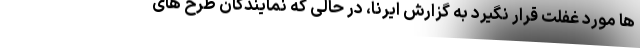
ها مورد غفلت قرار نگیرد به گزارش ایرنا، در حالی که نمایندگان طرح های